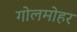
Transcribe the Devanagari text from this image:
गोलमोहर